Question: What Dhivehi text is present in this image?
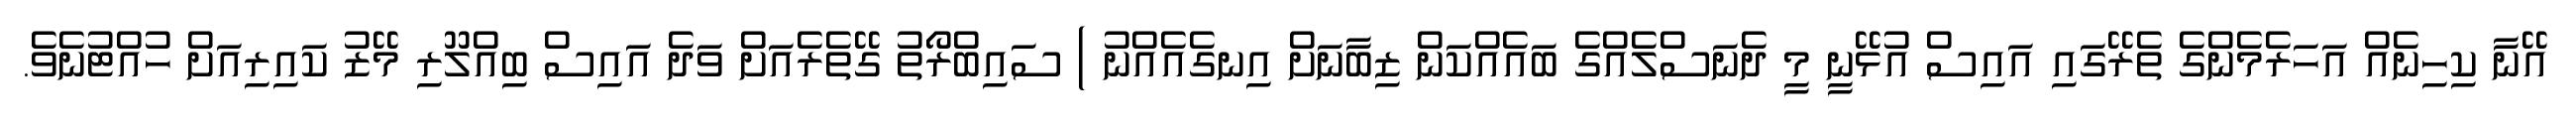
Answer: އޭނާ ކިހިނެއް އަހަރެމެންގެ ތެރޭގައި އައިސް އުޅޭނީ މީ ދެނަސްލެއްގެ ބައެއްކަން ޒިބާނަށް އިނގެއެއްނު ) ސައިބްރޯތު ގޭތެރެއަށް ވަދެ އައިސް ބިއްލޫރި މޭޒު ކައިރިއަށް ހުއްޓުނެވެ.